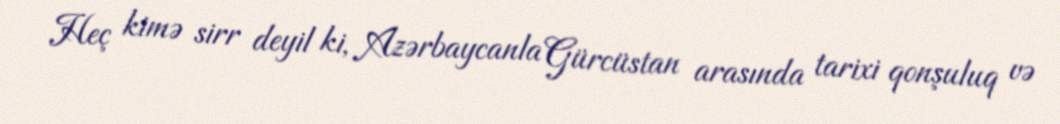
Heç kimə sirr deyil ki, Azərbaycanla Gürcüstan arasında tarixi qonşuluq və